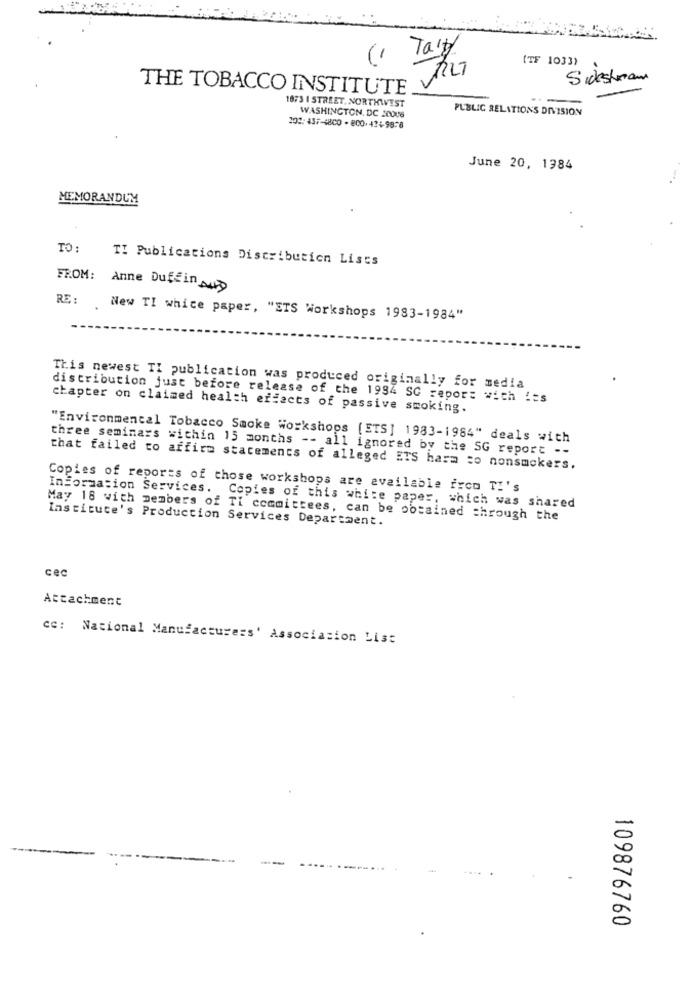
Tasty
"1
(TF 1033)
Sidestream
THE TOBACCO INSTITUTE.
1873 1 STREET. NORTHWEST
PUBLIC RELATIONS DIVISION
WASHINGTON, DC 20006
102: 437-1800 - 800-424-9878
June 20, 1984
MEMORANDUM
TO:
TI Publications Distribution Lists
FROM: Anne Duffin
RE:
New TI white paper, "ETS Workshops 1983-1984"
This newest TI publication was produced originally for media
distribution just before release of the 1994 SC report with its
chapter on claimed health effects of passive smoking.
"Environmental Tobacco Smoke Workshops [ETS] 1983-1984" deals with
three seminars within 15 months -- all ignored by the SG report --
that failed to affirm statements of alleged ETS harm to nonsmokers.
Copies of reports of those workshops are available from TI's
Information Services. Copies of this white paper, which was shared
May 18 with members of Ti committees, can be obtained through the
Instituce's Production Services Department.
cec
Attachment
cc: National Manufacturers' Association List
109876760